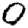
Digit: 0